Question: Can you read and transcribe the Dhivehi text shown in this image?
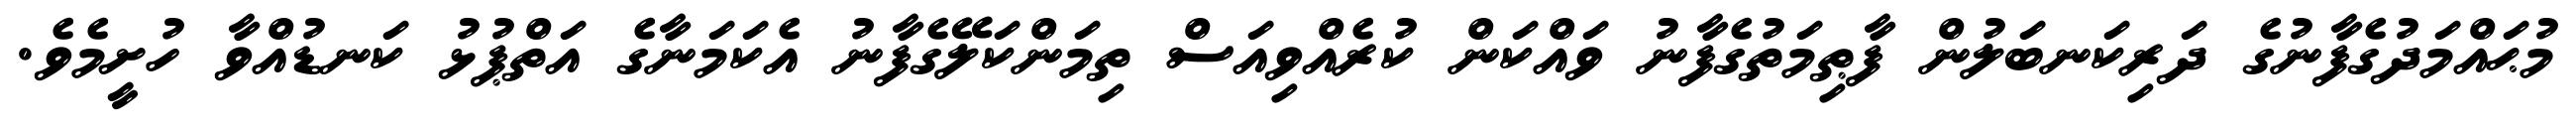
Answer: މުޙައްމަދުގެފާނުގެ ދަރިކަނބަލުން ފާޠިމަތުގެފާނު ވައްކަން ކުރެއްވިއަސް ތިމަންކަލޭގެފާނު އެކަމަނާގެ އަތްޕުޅު ކަނޑުއްވާ ހުށީމެވެ.